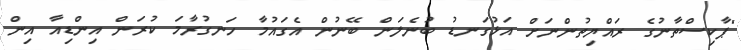
"ޕާކިސްތާނުގެ ރައްޔިތުންނަށް އަޅުގަނޑު ބުނެލަން ބޭނުން އެގައުމާ ހަނގުރާމަ ކުރަން އިންޑިއާ އިން